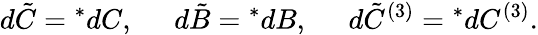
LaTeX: d\tilde{C}={}^{*}dC,\; \; \; \; \; d\tilde{B}={}^{*}dB,\; \; \; \; \; d\tilde{C}^{(3)}={}^{*}dC^{(3)}.